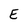
Character: E